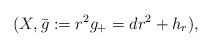
LaTeX: \begin{align*} (X,\bar{g}:=r^2g_+=dr^2+h_r), \end{align*}